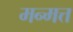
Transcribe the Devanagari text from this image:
मन्मत्त